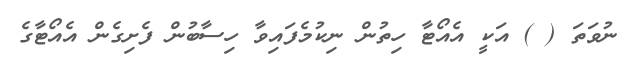
ނުވަތަ ( ) އަކީ އެއޯޓާ ހިތުން ނިކުމެފައިވާ ހިސާބުން ފެށިގެން އެއޯޓާގެ